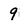
Character: 9